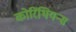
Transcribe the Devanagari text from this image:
कोरिंथियन्स